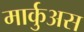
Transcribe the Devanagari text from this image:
मार्कुअस